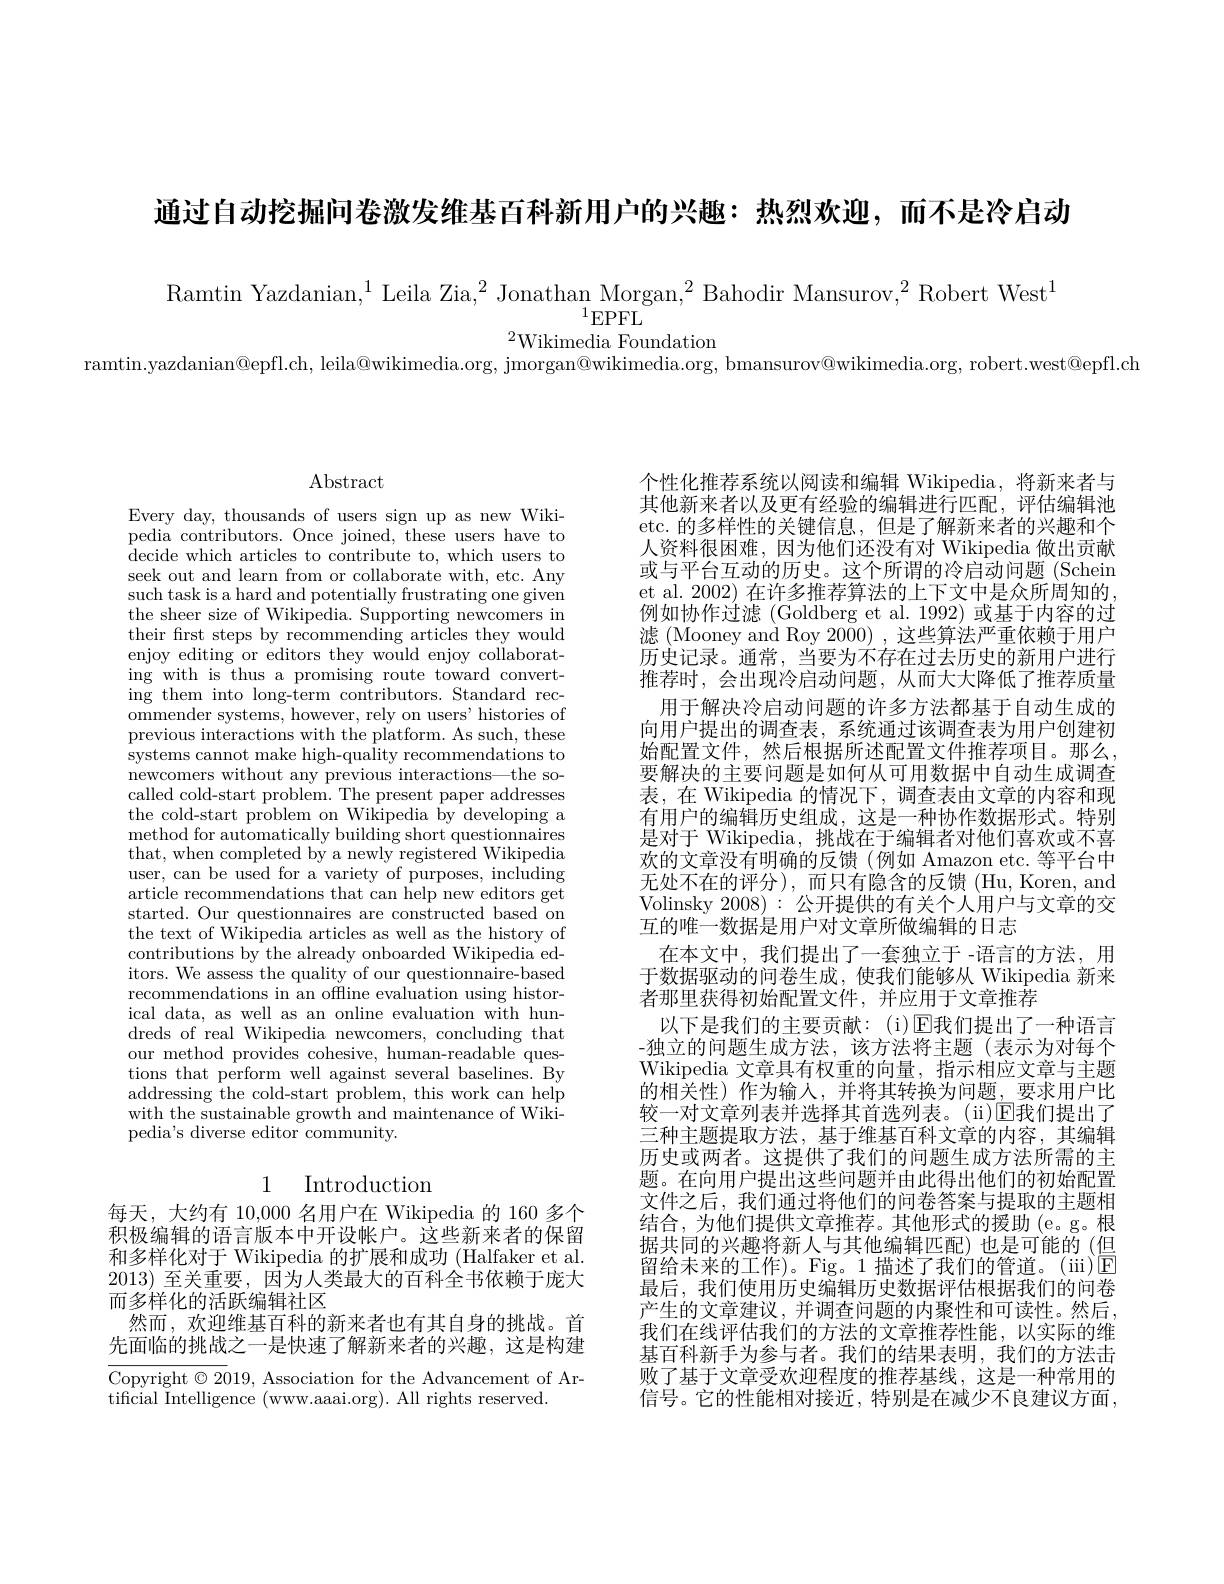
通过自动挖掘问卷激发维基百科新用户的兴趣：热烈欢迎，而不是冷启动

$\operatorname*{Ramtin}_{{\mathrm{Yazdanian,}^{1}\text{Leila Zia,}^{2}\text{Jonathan Morgan,}^{2}\text{Bahodir Mansurov,}^{2}\text{Robert West}^{1}}}$
${}^{2}$Wikimedia Foundation
ramtin.yazdanian@epfl.ch, leila@wikimedia.org, jmorgan@wikimedia.org, bmansurov@wikimedia.org, robert.west@epfl.ch

## $\operatorname{Abstract}$

Every day, thousands of users sign up as new Wikipedia contributors. Once joined, these users have to decide which articles to contribute to, which users to seek out and learn from or collaborate with, etc. Any such task is a hard and potentially frustrating one given the sheer size of Wikipedia. Supporting newcomers in their frst steps by recommending articles they would enjoy editing or editors they would enjoy collaborating with is thus a promising route toward converting them into long-term contributors. Standard rec- $\bar{\text{ommender systems, however, rely on users' histories of}}$ previous interactions with the platform. As such, these systems cannot make high-quality recommendations to newcomers without any previous interactions—the socalled cold-start problem. The present paper addresses the cold-start problem on Wikipedia by developing a method for automatically building short questionnaires that, when completed by a newly registered Wikipedia user, can be used for a variety of purposes, including article recommendations that can help new editors get started. Our questionnaires are constructed based on the text of Wikipedia articles as well as the history of contributions by the already onboarded Wikipedia editors. We assess the quality of our questionnaire-based recommendations in an offline evaluation using historical data, as well as an online evaluation with hundreds of real Wikipedia newcomers, concluding that our method provides cohesive, human-readable questions that perform well against several baselines. By addressing the cold-start problem, this work can help with the sustainable growth and maintenance of Wikipedia's diverse editor community.

## 1 Introduction

每天，大约有 10,000 名用户在 Wikipedia 的 160 多个积极编辑的语言版本中开设帐户。这些新来者的保留和多样化对于 Wikipedia 的扩展和成功 (Halfaker et al. 2013)至关重要，因为人类最大的百科全书依赖于庞大而多样化的活跃编辑社区
然而，欢迎维基百科的新来者也有其自身的挑战。首先面临的挑战之一是快速了解新来者的兴趣，这是构建

Copyright $\odot2019$, Association for the Advancement of Ar-
tificial Intelligence (www.aaai.org). All rights reserved.

个性化推荐系统以阅读和编辑 Wikipedia,将新来者与其他新来者以及更有经验的编辑进行匹配，评估编辑池etc.的多样性的关键信息，但是了解新来者的兴趣和个人资料很困难，因为他们还没有对 Wikipedia 做出贡献或与平台互动的历史。这个所谓的冷启动问题 (Schein et al. 2002) 在许多推荐算法的上下文中是众所周知的， 例如协作过滤 (Goldberg et al. 1992) 或基于内容的过滤 (Mooney and Roy 2000) ,这些算法严重依赖于用户历史记录。通常，当要为不存在过去历史的新用户进行推荐时，会出现冷启动问题，从而大大降低了推荐质量
用于解决冷启动问题的许多方法都基于自动生成的向用户提出的调查表，系统通过该调查表为用户创建初始配置文件，然后根据所述配置文件推荐项目。那么， 要解决的主要问题是如何从可用数据中自动生成调查表，在 Wikipedia 的情况下，调查表由文章的内容和现有用户的编辑历史组成，这是一种协作数据形式。特别是对于 Wikipedia, 挑战在于编辑者对他们喜欢或不喜欢的文章没有明确的反馈(例如 Amazon etc.等平台中无处不在的评分),而只有隐含的反馈(Hu,Koren,and Volinsky 2008):公开提供的有关个人用户与文章的交互的唯一数据是用户对文章所做编辑的日志
在本文中，我们提出了一套独立于 -语言的方法，用于数据驱动的问卷生成，使我们能够从 Wikipedia 新来者那里获得初始配置文件，并应用于文章推荐
以下是我们的主要贡献：(i)$\operatorname{E\text{我们提出了一种语言}}$ -独立的问题生成方法，该方法将主题(表示为对每个Wikipedia 文章具有权重的向量，指示相应文章与主题的相关性)作为输入，并将其转换为问题，要求用户比较一对文章列表并选择其首选列表。(ii)$\mathbb{E}$我们提出了三种主题提取方法，基于维基百科文章的内容，其编辑历史或两者。这提供了我们的问题生成方法所需的主题。在向用户提出这些问题并由此得出他们的初始配置文件之后，我们通过将他们的问卷答案与提取的主题相结合，为他们提供文章推荐。其他形式的援助(e。g。根据共同的兴趣将新人与其他编辑匹配)也是可能的(但留给未来的工作)。Fig。1描述了我们的管道。(iii)$\overline{\mathrm{E}}$ 最后，我们使用历史编辑历史数据评估根据我们的问卷产生的文章建议，并调查问题的内聚性和可读性。然后， 我们在线评估我们的方法的文章推荐性能，以实际的维基百科新手为参与者。我们的结果表明，我们的方法击败了基于文章受欢迎程度的推荐基线，这是一种常用的信号。它的性能相对接近，特别是在减少不良建议方面，